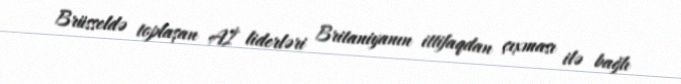
Brüsseldə toplaşan Aİ liderləri Britaniyanın ittifaqdan çıxması ilə bağlı